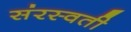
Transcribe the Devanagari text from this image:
संरस्वती